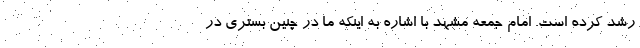
رشد کرده است. امام جمعه مشهد با اشاره به اینکه ما در چنین بستری در